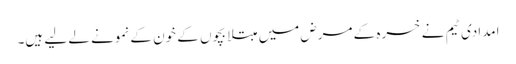
امدادی ٹیم نے خسرہ کے مرض میں مبتلا بچوں کے خون کے نمونے لے لیے ہیں۔